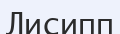
Лисипп